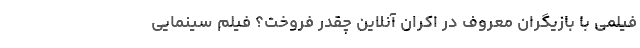
فیلمی با بازیگران معروف در اکران آنلاین چقدر فروخت؟ فیلم سینمایی